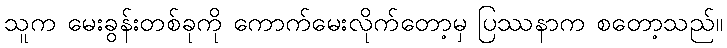
သူက မေးခွန်းတစ်ခုကို ကောက်မေးလိုက်တော့မှ ပြဿနာက စတော့သည်။